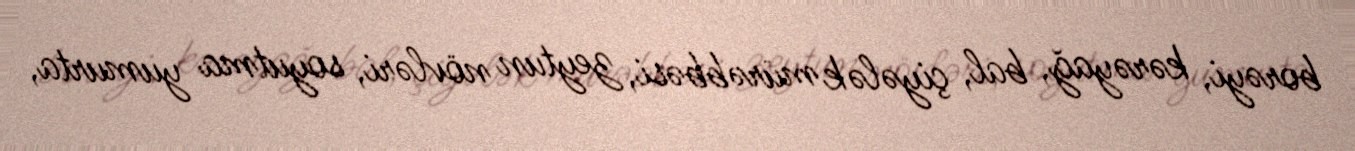
borəyi, kərəyağ, bal, çiyələk mürəbbəsi, zeytun növləri, soyutma yumurta,